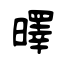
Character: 曎